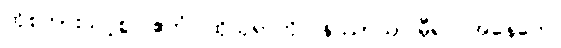
ထိုစကားသင့်စွ။ ဧတံ၊ ထိုသုရာကို။ နိဿာယ၊ မှီ၍။ အနေကေ၊